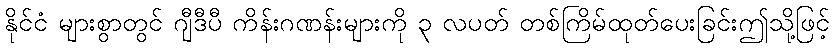
နိုင်ငံ များစွာတွင် ဂျီဒီပီ ကိန်းဂဏန်းများကို ၃ လပတ် တစ်ကြိမ်ထုတ်ပေးခြင်းဤသို့ဖြင့်